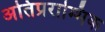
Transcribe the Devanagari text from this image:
अतिप्रराम्भिक